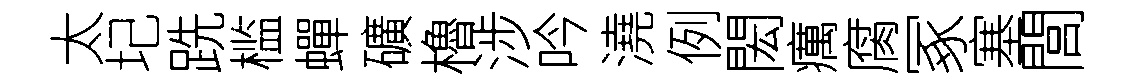
太圮跣槛蟬礦櫓涉吟澆例閎癘腐冢塞閭